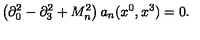
\left( \partial _ { 0 } ^ { 2 } - \partial _ { 3 } ^ { 2 } + M _ { n } ^ { 2 } \right) a _ { n } ( x ^ { 0 } , x ^ { 3 } ) = 0 .